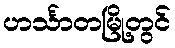
ဟင်္သာတမြို့တွင်